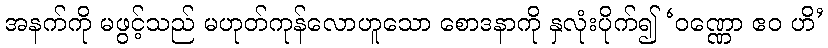
အနက်ကို မဖွင့်သည် မဟုတ်ကုန်လောဟူသော စောဒနာကို နှလုံးပိုက်၍ ‘ဝဏ္ဏော ဧဝ ဟိ’